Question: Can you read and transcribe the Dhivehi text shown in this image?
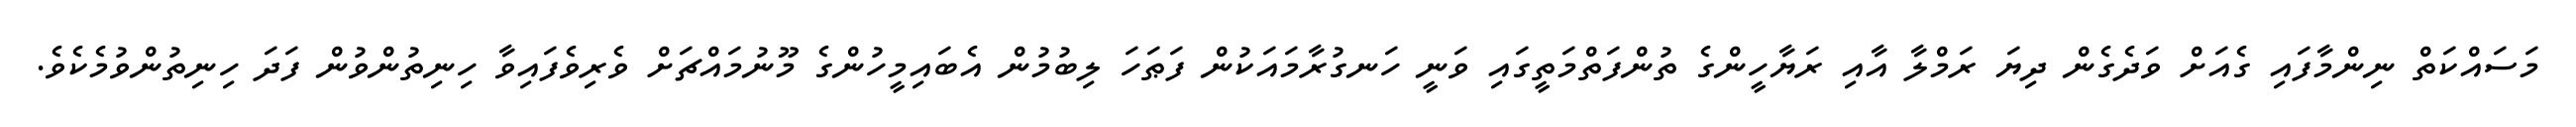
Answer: މަސައްކަތް ނިންމާފައި ގެއަށް ވަދެގެން ދިޔަ ރަމްލާ އާއި ރަޔާހީންގެ ތުންފަތްމަތީގައި ވަނީ ހަނގުރާމައަކުން ފަޠަހަ ލިބުމުން އެބައިމީހުންގެ މޫނުމައްޗަށް ވެރިވެފައިވާ ހިނިތުންވުން ފަދަ ހިނިތުންވުމެކެވެ.